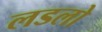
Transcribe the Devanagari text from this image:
लडलो